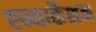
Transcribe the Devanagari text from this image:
एम्बार्केशन